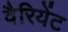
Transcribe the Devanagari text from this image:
वैरियेंट